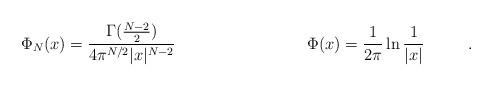
LaTeX: \begin{align*}&\Phi_N(x) = \frac{\Gamma(\frac{N - 2}{2})}{4 \pi^{N/2} |x|^{N-2}}&&&&&&\Phi(x) = \frac{1}{2 \pi} \ln \frac{1}{|x|}& .\end{align*}